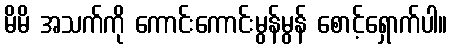
မိမိ အသက်ကို ကောင်းကောင်းမွန်မွန် စောင့်ရှောက်ပါ။